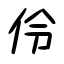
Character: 伶